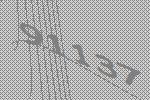
91137